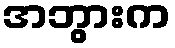
အဘွားက